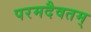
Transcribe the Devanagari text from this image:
परमदैवतम्